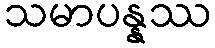
သမာပန္နဿ